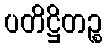
ပတိဋ္ဌိတဉ္စ